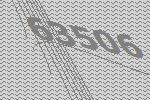
63506